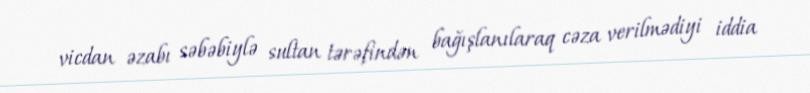
vicdan əzabı səbəbiylə sultan tərəfindən bağışlanılaraq cəza verilmədiyi iddia